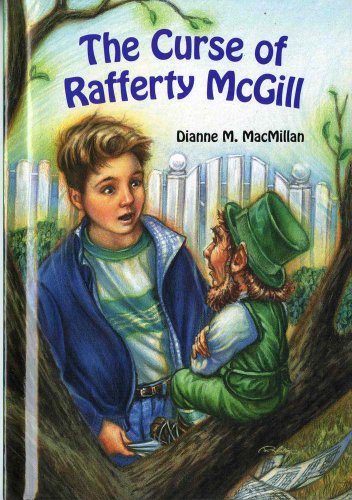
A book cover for The Curse of Rafferty McGill; Dianne M. Macmillan; Children's Books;